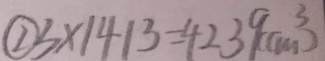
\textcircled { 2 } 3 \times 1 4 1 3 = 4 2 3 9 ( c m ^ { 3 } )